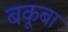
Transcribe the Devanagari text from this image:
बकूबा